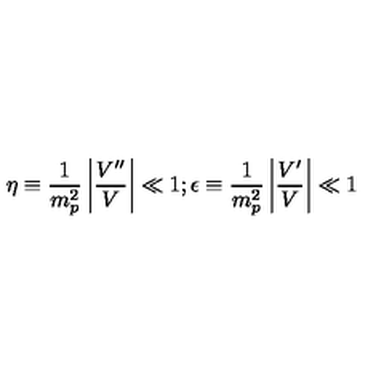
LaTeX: \eta \equiv \frac { 1 } { m _ { p } ^ { 2 } } \left| \frac { V ^ { \prime \prime } } { V } \right| \ll 1 ; \epsilon \equiv \frac { 1 } { m _ { p } ^ { 2 } } \left| \frac { V ^ { \prime } } { V } \right| \ll 1